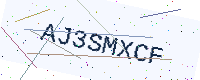
Text: AJ3SMXCF